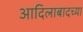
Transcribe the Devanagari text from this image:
आदिलाबादच्या